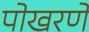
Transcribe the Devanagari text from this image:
पोखरणे